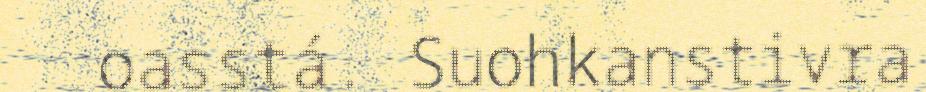
oasstá. Suohkanstivra